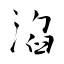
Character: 淊